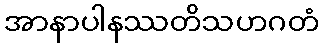
အာနာပါနဿတိသဟဂတံ